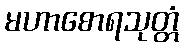
မဟာစောရသုတ္တံ